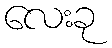
လေးခု